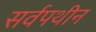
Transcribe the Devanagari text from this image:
सर्वपथीन